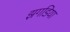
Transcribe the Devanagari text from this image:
झगडिया